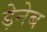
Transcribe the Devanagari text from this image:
ड़ेनेब